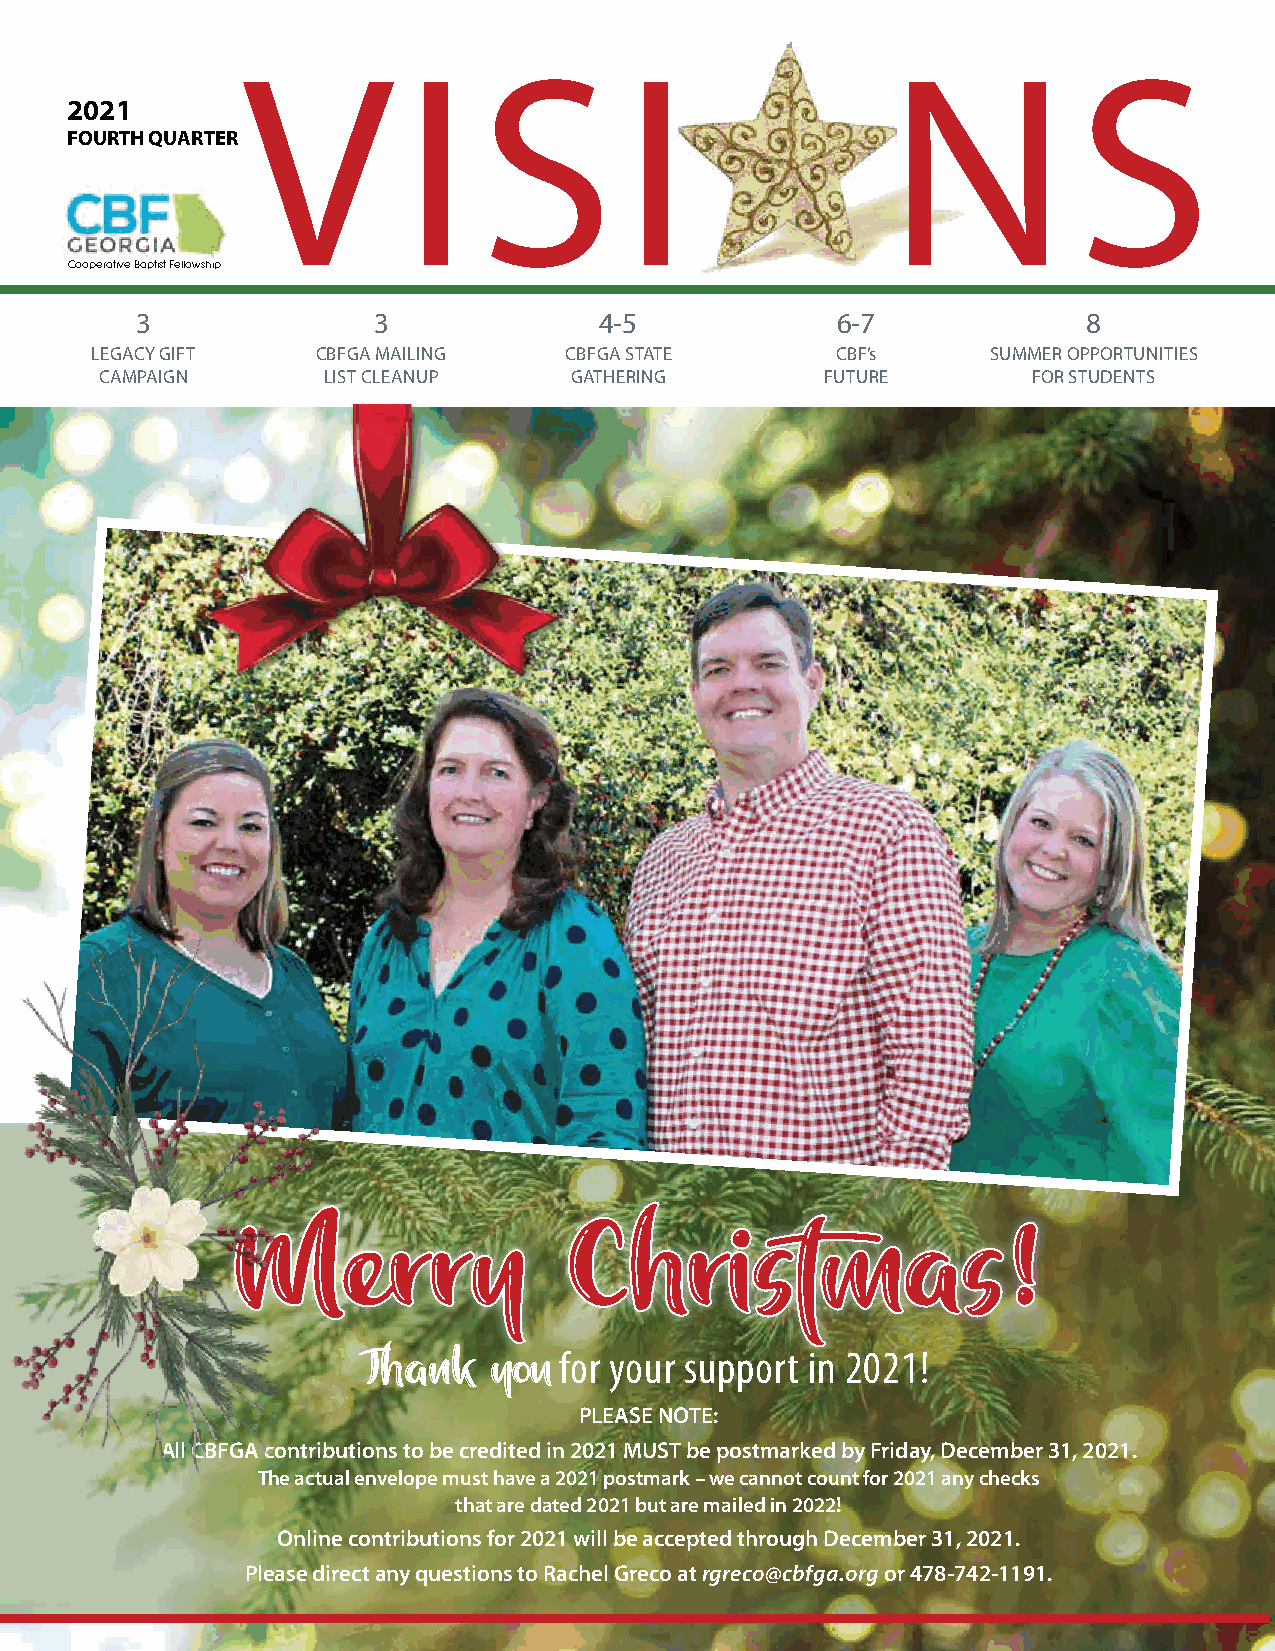
V          I    S        I                 N           S
 2021
 FOURTH QUARTER
 Cooperative Baptist Fellowship
 3               3              4-5            6-7              8
 LEGACY GIFT    CBFGA MAILING   CBFGA STATE       CBF’s      SUMMER OPPORTUNITIES
 CAMPAIGN      LIST CLEANUP     GATHERING        FUTURE       FOR STUDENTS
 MMeerrrryy            CChhrriissttmmaass           !!
 for your support in 2021!
 Thank    you
 PLEASE NOTE:
 All CBFGA contributions to be credited in 2021 MUST be postmarked by Friday, December 31, 2021.
 The actual envelope must have a 2021 postmark – we cannot count for 2021 any checks
 that are dated 2021 but are mailed in 2022!
 Online contributions for 2021 will be accepted through December 31, 2021.
 Please direct any questions to Rachel Greco at rgreco@cbfga.org or 478-742-1191.